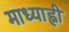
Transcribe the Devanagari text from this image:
माध्याह्नी